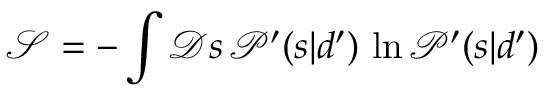
{ \mathcal { S } } = - \int { \mathcal { D } } s \, { \mathcal { P } } ^ { \prime } ( s | d ^ { \prime } ) \, \ln { \mathcal { P } } ^ { \prime } ( s | d ^ { \prime } )